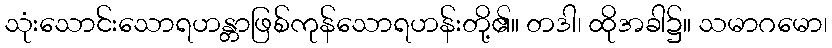
သုံးသောင်းသောရဟန္တာဖြစ်ကုန်သောရဟန်းတို့၏။ တဒါ၊ ထိုအခါ၌။ သမာဂမော၊